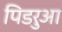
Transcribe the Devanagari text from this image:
पिडरुआ